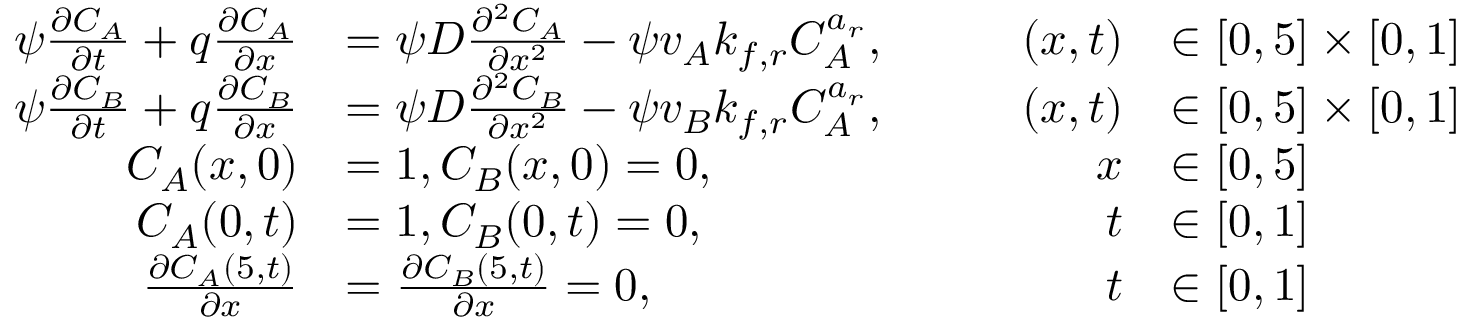
\begin{array} { r l r l } { \psi \frac { \partial C _ { A } } { \partial t } + q \frac { \partial C _ { A } } { \partial x } } & { = \psi D \frac { \partial ^ { 2 } C _ { A } } { \partial x ^ { 2 } } - \psi v _ { A } k _ { f , r } C _ { A } ^ { a _ { r } } , \qquad } & { ( x , t ) } & { \in [ 0 , 5 ] \times [ 0 , 1 ] } \\ { \psi \frac { \partial C _ { B } } { \partial t } + q \frac { \partial C _ { B } } { \partial x } } & { = \psi D \frac { \partial ^ { 2 } C _ { B } } { \partial x ^ { 2 } } - \psi v _ { B } k _ { f , r } C _ { A } ^ { a _ { r } } , \qquad } & { ( x , t ) } & { \in [ 0 , 5 ] \times [ 0 , 1 ] } \\ { C _ { A } ( x , 0 ) } & { = 1 , C _ { B } ( x , 0 ) = 0 , } & { x } & { \in [ 0 , 5 ] } \\ { C _ { A } ( 0 , t ) } & { = 1 , C _ { B } ( 0 , t ) = 0 , } & { t } & { \in [ 0 , 1 ] } \\ { \frac { \partial C _ { A } ( 5 , t ) } { \partial x } } & { = \frac { \partial C _ { B } ( 5 , t ) } { \partial x } = 0 , } & { t } & { \in [ 0 , 1 ] } \end{array}